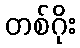
တစ်ဂိုး